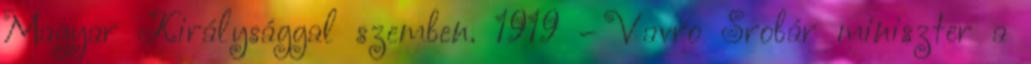
Magyar Királysággal szemben. 1919 – Vavro Šrobár miniszter a